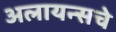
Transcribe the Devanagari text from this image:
अलायन्सचे